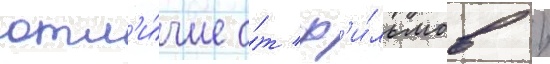
отл'и́чие о́т ф'и́льмов /